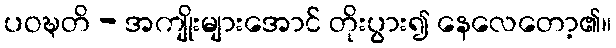
ပဝဍ္ဎတိ - အကျိုးများအောင် တိုးပွား၍ နေလေတော့၏။